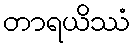
တာရယိဿံ